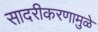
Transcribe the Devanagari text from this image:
सादरीकरणामुळे